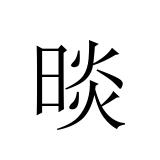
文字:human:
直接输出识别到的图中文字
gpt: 晱